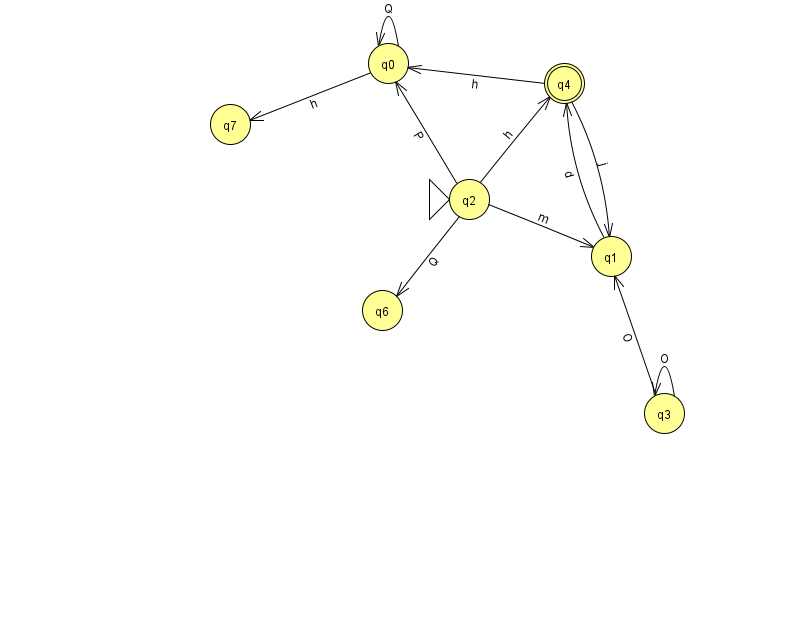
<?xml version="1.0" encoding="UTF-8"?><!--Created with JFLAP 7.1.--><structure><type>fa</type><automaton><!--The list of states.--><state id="0" name="q0"><x>388.0</x><y>50.0</y></state><state id="1" name="q1"><x>611.0</x><y>243.0</y></state><state id="2" name="q2"><x>469.0</x><y>186.0</y><initial/></state><state id="3" name="q3"><x>664.0</x><y>400.0</y></state><state id="4" name="q4"><x>564.0</x><y>70.0</y><final/></state><state id="6" name="q6"><x>382.0</x><y>297.0</y></state><state id="7" name="q7"><x>230.0</x><y>111.0</y></state><!--The list of transitions.--><transition><from>0</from><to>0</to><read>Q</read></transition><transition><from>2</from><to>4</to><read>h</read></transition><transition><from>0</from><to>7</to><read>h</read></transition><transition><from>1</from><to>4</to><read>d</read></transition><transition><from>2</from><to>1</to><read>m</read></transition><transition><from>3</from><to>1</to><read>O</read></transition><transition><from>4</from><to>1</to><read>j</read></transition><transition><from>2</from><to>0</to><read>P</read></transition><transition><from>2</from><to>6</to><read>Q</read></transition><transition><from>4</from><to>0</to><read>h</read></transition><transition><from>3</from><to>3</to><read>O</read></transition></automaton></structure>